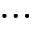
\cdots